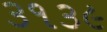
૩૧૩૯